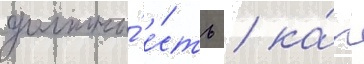
должны́ е́сть / ка́к